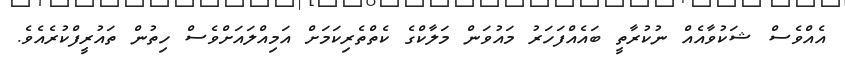
އެއްވެސް ޝަކުވާއެއް ނުކުރާތީ ބައެއްފަހަރު މައުވަން މަލާކްގެ ކެތްތެރިކަމަށް އަމިއްލައަށްވެސް ހިތުން ތައުރީފްކުރެއެވެ.